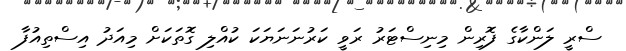
ސްރީ ލަންކާގެ ފޮރިން މިނިސްޓަރު ރަވީ ކަރުނަނަޔަކަ ކުއްލި ގޮތަކަށް މިއަދު އިސްތިއުފާ